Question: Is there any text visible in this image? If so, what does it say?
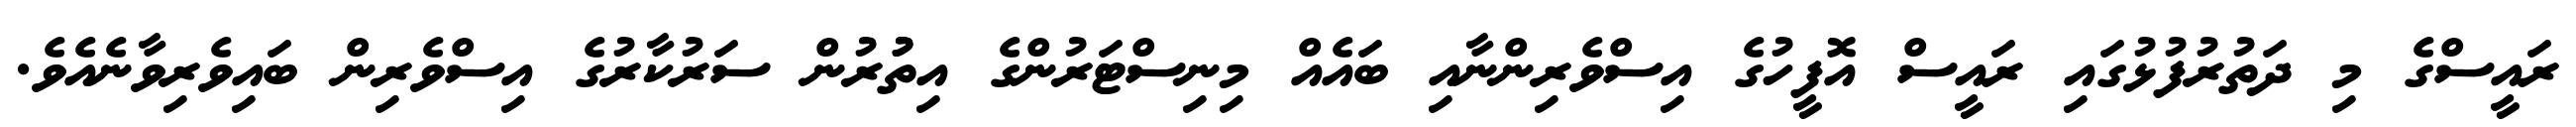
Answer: ރައީސްގެ މި ދަތުރުފުޅުގައި ރައީސް އޮފީހުގެ އިސްވެރިންނާއި ބައެއް މިނިސްޓަރުންގެ އިތުުރުން ސަރުކާރުގެ އިސްވެރިން ބައިވެރިވާނެއެވެ.